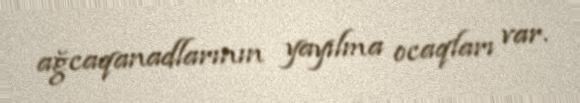
ağcaqanadlarının yayılma ocaqları var.